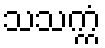
သသက္ကံ